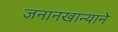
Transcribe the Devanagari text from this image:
जनानखान्याने